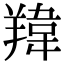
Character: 䍷